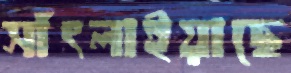
সাঁৎলাইয়াছে